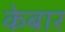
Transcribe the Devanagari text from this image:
केबार